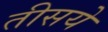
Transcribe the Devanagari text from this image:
तीसये